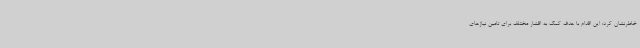
خاطرنشان کرد: این اقدام با هدف کمک به اقشار مختلف برای تامین نیازهای